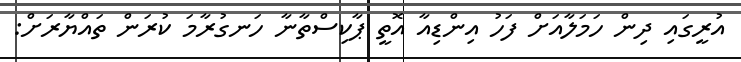
އުރީގައި ދިން ހަމަލާއަށް ފަހު އިންޑިއާ އޮތީ ޕާކިސްތާނާ ހަނގުރާމަ ކުރަން ތައްޔާރަށް: